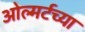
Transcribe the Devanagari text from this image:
ओल्मर्टच्या